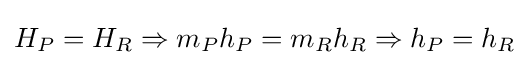
H_{P}=H_{R}\Rightarrow m_{P}h_{P}=m_{R}h_{R}\Rightarrow h_{P}=h_{R}